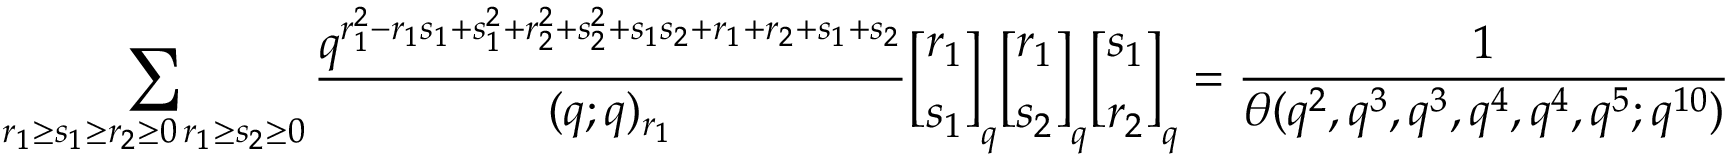
\sum _ { \substack { r _ { 1 } \geq s _ { 1 } \geq r _ { 2 } \geq 0 \, r _ { 1 } \geq s _ { 2 } \geq 0 } } \frac { q ^ { r _ { 1 } ^ { 2 } - r _ { 1 } s _ { 1 } + s _ { 1 } ^ { 2 } + r _ { 2 } ^ { 2 } + s _ { 2 } ^ { 2 } + s _ { 1 } s _ { 2 } + r _ { 1 } + r _ { 2 } + s _ { 1 } + s _ { 2 } } } { ( q ; q ) _ { r _ { 1 } } } { r _ { 1 } \brack s _ { 1 } } _ { q } { r _ { 1 } \brack s _ { 2 } } _ { q } { s _ { 1 } \brack r _ { 2 } } _ { q } = \frac { 1 } { \theta ( q ^ { 2 } , q ^ { 3 } , q ^ { 3 } , q ^ { 4 } , q ^ { 4 } , q ^ { 5 } ; q ^ { 1 0 } ) }